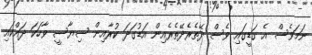
ނަމަވެސް އެ ގަޑީގައި ވެސް ދޭތެރެދޭތެރެއިން އަޑުގަދަ ކުރާއިން ސިޔާސީ ވާހަކަ ދައްކައި